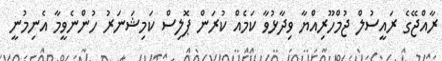
ރާއްޖޭގެ ރައީސުލް ޖުމްހޫރިއްޔާ ވިދާޅުވާ ކަމެއް ކުރަން ޕޮލިސް ކަމިޝަނަރު ހުންނެވީމާ އެނިމުނީ